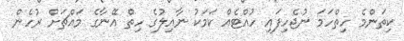
ކިތަންމެ ހިތްހަމަ ނުޖެހިފައި ހުއްޓެއް ކަމަކު ނާއިލުގެ ހިތް އޭނާގެ މައްޗަށް ރުހެން